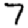
Digit: 7